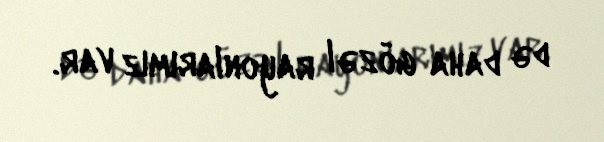
də daha gözəl rayonlarımız var.